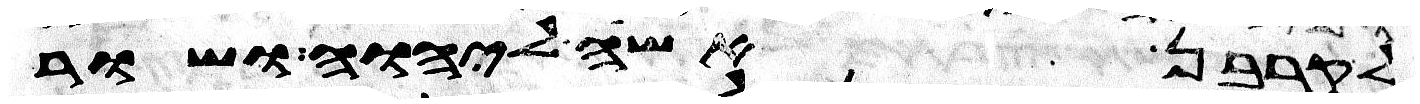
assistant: לקרבן אשה ליהוה ושור